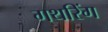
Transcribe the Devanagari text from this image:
गथरिंग